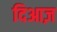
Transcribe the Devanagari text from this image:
दिआज़